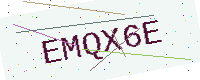
Text: EMQX6E